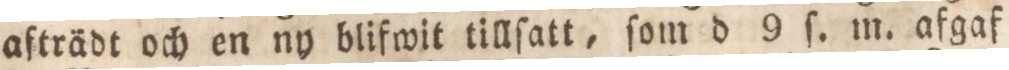
afträdt och en ny blifwit tillſatt, ſom d 9 f. m. afgaf